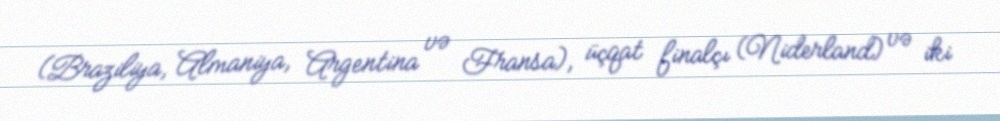
(Braziliya, Almaniya, Argentina və Fransa), üçqat finalçı (Niderland) və iki